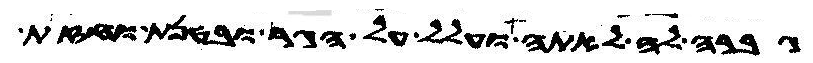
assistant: גברה לה לאתה ועלל על הגר ובטנת וחזת